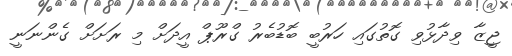
ޖީޒާ ވިދާޅުވި ގޮތުގައި ހަރުބީ ބޮޑުބެރު ގްރޫޕް އީދަށް މި ރަށަށް ގެންނަނީ